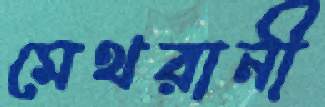
মেথরানী